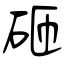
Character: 砸